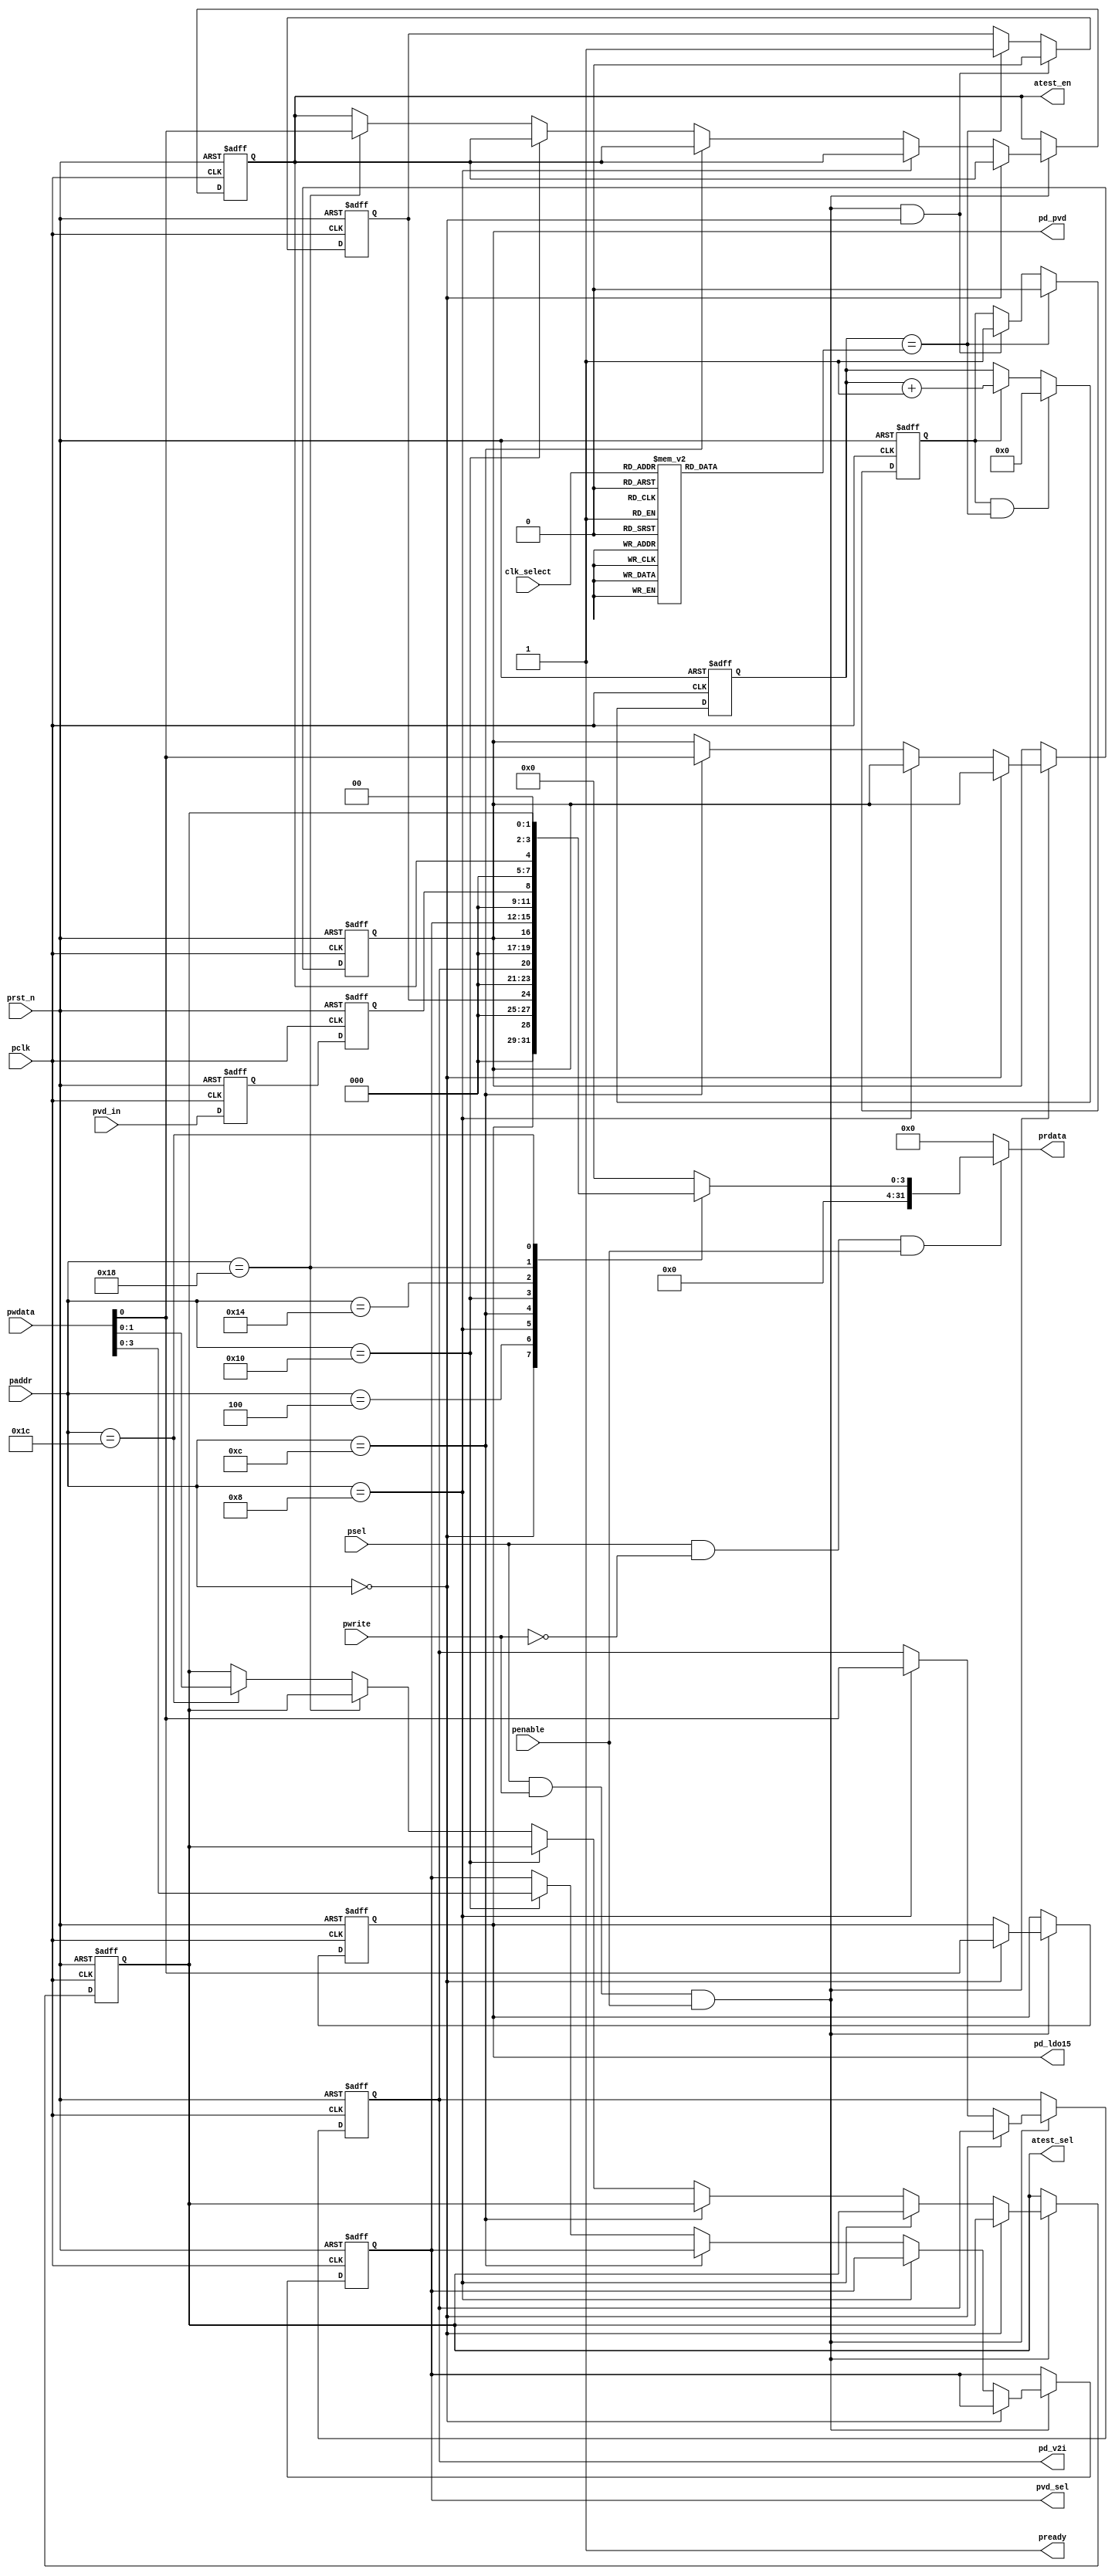
//================================================//
//                                                //
//  Copyright(c) 2019 Corelink(beijing) Co.,Ltd.  //
//                                                //
//------------------------------------------------//
//  Project Name : quark                          //
//  File Name    : pmu                            //
//  Description  : power management unit          //
//                                                //
//================================================//
module pmu(
           //APB BUS
           pclk,
           prst_n,
           pwrite,
           psel,
           penable,
           paddr,
           pwdata,
           prdata,
           pready,
           //
           clk_select,
           pd_ldo15,
           pd_v2i,
           pd_pvd,
           pvd_sel,
           pvd_in,
           atest_en,
           atest_sel
          );

    input         pclk,prst_n,pwrite,psel,penable,pvd_in;
    input  [7:0]  paddr;
    input  [31:0] pwdata;
    input  [2:0]  clk_select;
    output        pready;
    output [31:0] prdata;
    output        pd_ldo15,pd_v2i,pd_pvd;
    output [3:0]  pvd_sel;
    output        atest_en;
    output [1:0]  atest_sel;
    //==========control register list==============================//
    parameter     PD15_REG  = 8'h00;// Power Down 1.5V
                                    // 0 : no power down ---(default)
                                    // 1 : power down    ---(voltage=1.2V)
    parameter     VCS_REG   = 8'h04;// Voltage Current Status REGister,Read Only Register
    parameter     PDV2I_REG = 8'h08;// pd signal of bias current and reference voltage for ADC,LDO1P5 and PVD
    parameter     PDPVD_REG = 8'h0c;// pd signal for PVD block
    parameter     PVDSL_REG = 8'h10;// select signal of PVD reference voltage
    parameter     PVDIN_REG = 8'h14;// PVD input,read only
    parameter     ATEN_REG  = 8'h18;// analog test enable
    parameter     ATSEL_REG = 8'h1c;// analog test select
    //=============================================================//

    wire   [31:0] prdata;
    reg    [31:0] prdata_tmp;
    reg           pd_ldo15,pd_pvd,pd_v2i;
    reg           pvd_in_d0,pvd_in_d1;
    reg           vm_ready;//voltage mode select
    reg    [6:0]  vm_ready_cnt,cnt_num;
    reg    [3:0]  pvd_sel;
    reg           vm_ready_cnt_en;
    reg           atest_en;
    reg    [1:0]  atest_sel;
    wire          apb_wr_en,apb_rd_en;
    wire          power_switch;
    assign apb_wr_en = psel && pwrite && penable;
    assign apb_rd_en = psel && ~pwrite && penable;
    assign pready = 1'b1;
    assign power_switch = apb_wr_en && (paddr == PD15_REG);
    //APB BUS write operation
    always@(posedge pclk or negedge prst_n)
        begin
            if(~prst_n)
                begin
                    pd_ldo15 <= 1'b0;
                    pd_pvd <= 1'b0;
                    pd_v2i <= 1'b0;
                    pvd_sel <= 4'b0000;
                    atest_en <= 1'b0;
                    atest_sel <= 2'b00;
                end
            else if(apb_wr_en)
                begin
                    if(paddr == PD15_REG)
                        pd_ldo15 <= pwdata[0];
                    else if(paddr == PDV2I_REG)
                        pd_v2i <= pwdata[0];
                    else if(paddr == PDPVD_REG)
                        pd_pvd <= pwdata[0];
                    else if(paddr == PVDSL_REG)
                        pvd_sel <= pwdata[3:0];
                    else if(paddr == ATEN_REG)
                        atest_en <= pwdata[0];
                    else if(paddr == ATSEL_REG)
                        atest_sel <= pwdata[1:0];
                end
        end
    //
    always@(posedge pclk or negedge prst_n)
        begin
            if(~prst_n)
                vm_ready <= 1'b1;
            else if(power_switch)
                vm_ready <= 1'b0;
            else if(vm_ready_cnt == cnt_num)
                vm_ready <= 1'b1;
        end

    //APB BUS read operation
    always@(*)
        begin
            case(paddr)
                PD15_REG : prdata_tmp = {31'h0,pd_ldo15};
                VCS_REG  : prdata_tmp = {31'h0,vm_ready};
                PDV2I_REG: prdata_tmp = {31'h0,pd_v2i};
                PDPVD_REG: prdata_tmp = {31'h0,pd_pvd};
                PVDSL_REG: prdata_tmp = {28'h0,pvd_sel};
                PVDIN_REG: prdata_tmp = {31'h0,pvd_in_d1};
                ATEN_REG : prdata_tmp = {31'h0,atest_en};
                ATSEL_REG: prdata_tmp = {30'h0,atest_sel};
                default  : prdata_tmp = 32'h0;
            endcase
        end
    assign prdata = apb_rd_en ? prdata_tmp : 32'h0;
    //counter for ready signal
    always@(posedge pclk or negedge prst_n)
        begin
            if(~prst_n)
                vm_ready_cnt_en <= 1'b0;
            else if(vm_ready_cnt == cnt_num)
                vm_ready_cnt_en <= 1'b0;
            else if(power_switch)
                vm_ready_cnt_en <= 1'b1;

        end

    always@(posedge pclk or negedge prst_n)//wait 3us after each power switch
        begin
            if(~prst_n)
                vm_ready_cnt <= 32'b0;
            else if(vm_ready_cnt_en && (vm_ready_cnt == cnt_num))
                vm_ready_cnt <= 32'b0;
            else if(vm_ready_cnt_en)
                vm_ready_cnt <= vm_ready_cnt + 32'b1;
        end    
    
    always@(*)
        begin
            case(clk_select)
                3'b000  : cnt_num <= 7'b110_0000;
                3'b001  : cnt_num <= 7'b011_0000;
                3'b010  : cnt_num <= 7'b001_1000;
                3'b011  : cnt_num <= 7'b000_1100;
                3'b100  : cnt_num <= 7'b000_0110;
                3'b101  : cnt_num <= 7'b000_0011;
                3'b110  : cnt_num <= 7'b000_0010;
                3'b111  : cnt_num <= 7'b000_0010;
                default : cnt_num <= 7'b110_0000;
            endcase
        end

    //sync pvd input

    always@(posedge pclk or negedge prst_n)
        begin
            if(!prst_n)
                begin
                    pvd_in_d0 <= 1'b0;
                    pvd_in_d1 <= 1'b0;
                end
            else
                begin
                    pvd_in_d0 <= pvd_in;
                    pvd_in_d1 <= pvd_in_d0;
                end
        end

endmodule